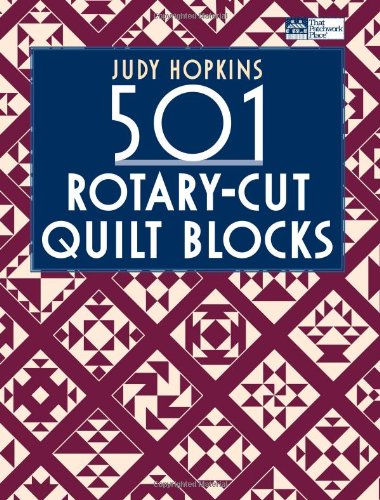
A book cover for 501 Rotary-Cut Quilt Blocks; Judy Hopkins; Crafts, Hobbies & Home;